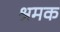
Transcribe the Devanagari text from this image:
श्रमक